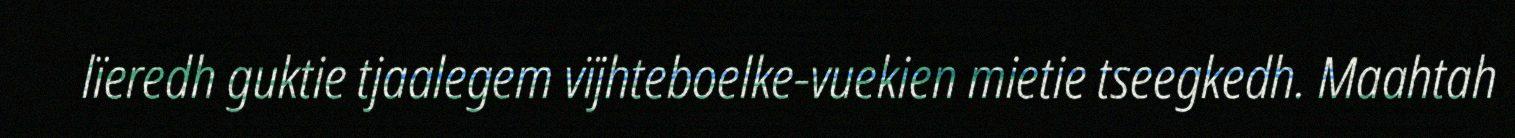
lïeredh guktie tjaalegem vïjhteboelke-vuekien mietie tseegkedh. Maahtah